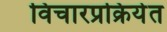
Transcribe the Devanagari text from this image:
विचारप्रक्रियेत